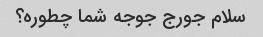
سلام جورج جوجه شما چطوره؟